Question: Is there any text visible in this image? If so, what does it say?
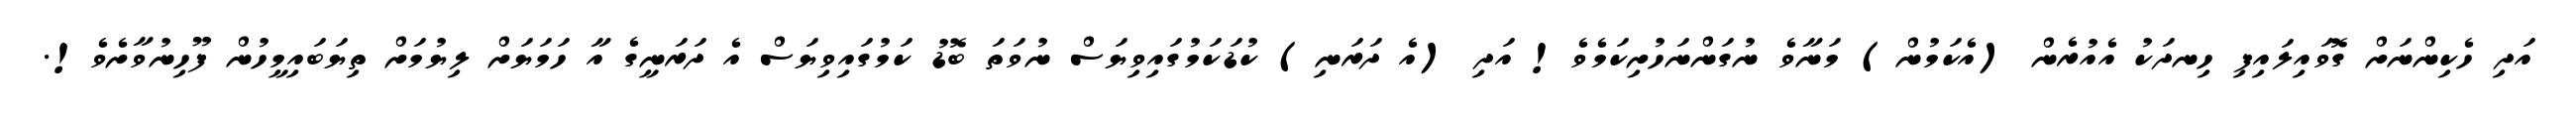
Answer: އަދި ހެކިންނަށް ގޮވައިލައިފި ހިނދަކު އެއުރެން (އެކަމުން) މަނާވެ ނުގަންނަހުށިކަމެވެ! އަދި (އެ ދަރަނި) ކުޑަކަމުގައިވިޔަސް ނުވަތަ ބޮޑު ކަމުގައިވިޔަސް އެ ދަރަނީގެ އާ ހަމަޔަށް ލިޔުމަށް ތިޔަބައިމީހުން ފޫހިނުވާށެވެ!.